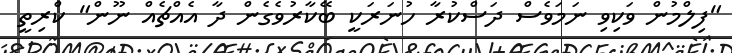
"ފިލްމުން ވަކިވި ނަމަވެސް ދަސްކުރާ ހުނަރަކީ ބޭކާރުވެގެން ދާ އެއްޗެއް ނޫން" ކްރިތީ